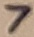
Text: 7